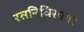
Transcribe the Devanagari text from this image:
रसनिधिसागर